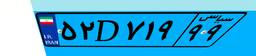
۶۰D۰۰۹۴۳